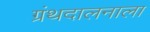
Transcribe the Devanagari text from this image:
ग्रंथदालनाला